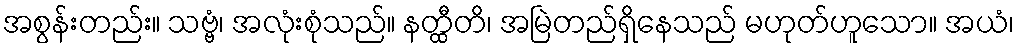
အစွန်းတည်း။ သဗ္ဗံ၊ အလုံးစုံသည်။ နတ္ထီတိ၊ အမြဲတည်ရှိနေသည် မဟုတ်ဟူသော။ အယံ၊